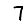
Digit: 7